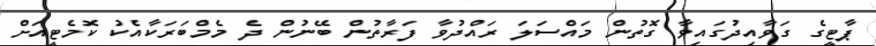
ޕާޓީގެ ގަވާއިދުގައިވާ ގޮތުން މައްސަލަ ރައްދުވާ ފަރާތުން ބޭނުން ދެ މެމްބަރަކާއެކު ކޮމެޓީއަށް